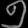
Digit: ၅